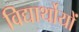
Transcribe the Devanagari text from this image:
विद्यार्थोयों